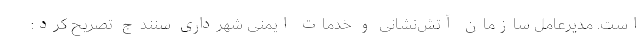
است. مدیرعامل سازمان آتش‌نشانی و خدمات ایمنی شهرداری سنندج تصریح کرد: